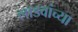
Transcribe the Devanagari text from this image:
लाडवांच्या